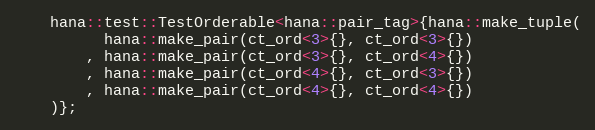
Language: C++
    hana::test::TestOrderable<hana::pair_tag>{hana::make_tuple(
          hana::make_pair(ct_ord<3>{}, ct_ord<3>{})
        , hana::make_pair(ct_ord<3>{}, ct_ord<4>{})
        , hana::make_pair(ct_ord<4>{}, ct_ord<3>{})
        , hana::make_pair(ct_ord<4>{}, ct_ord<4>{})
    )};